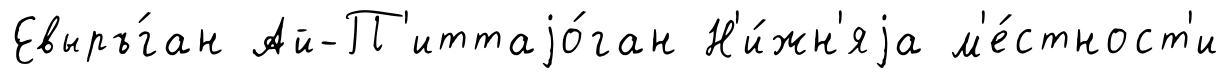
Евыръ́ган Ай-П'иттаjо́ган Н'и́жн'яjа м'е́стност'и